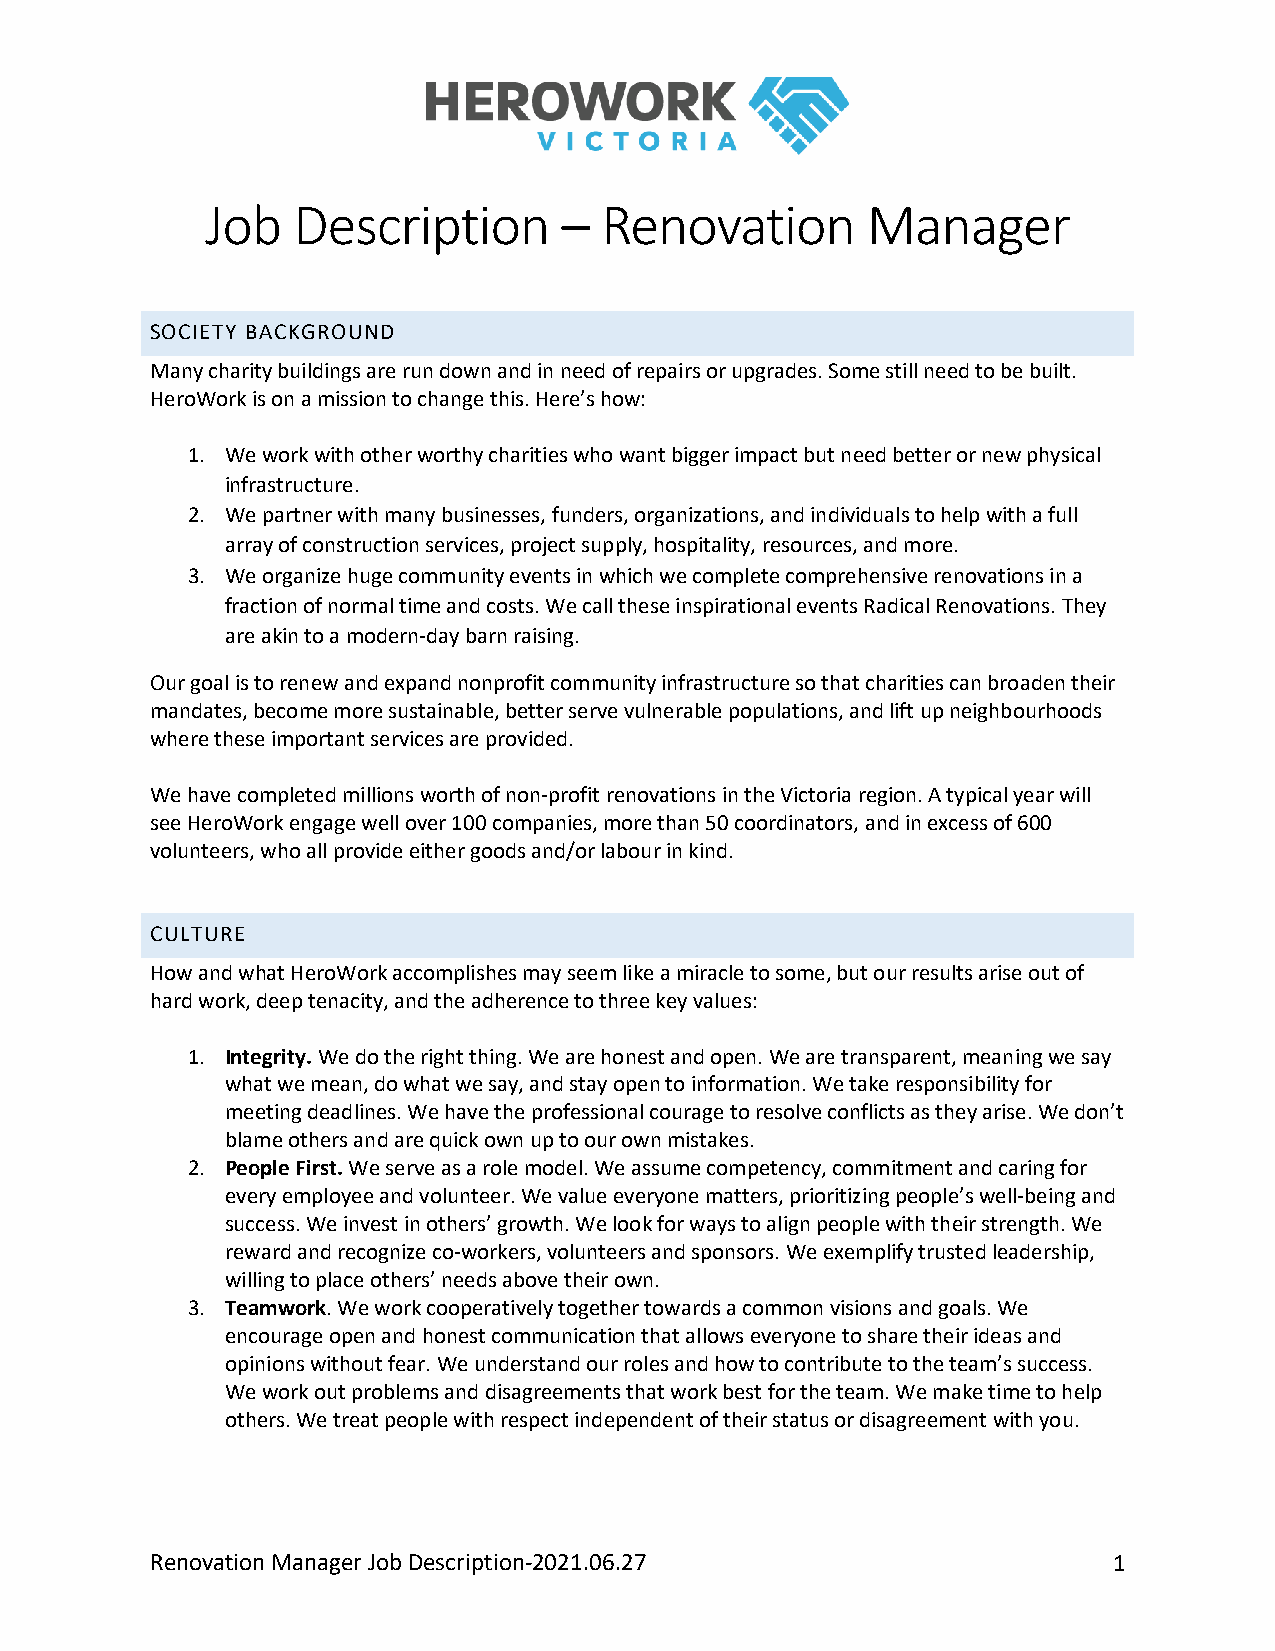
Job  Description       –  Renovation       Manager
 SOCIETY BACKGROUND
 Many charity buildings are run down and in need of repairs or upgrades. Some still need to be built.
 HeroWork is on a mission to change this. Here’s how:
 1. We work with other worthy charities who want bigger impact but need better or new physical
 infrastructure.
 2. We partner with many businesses, funders, organizations, and individuals to help with a full
 array of construction services, project supply, hospitality, resources, and more.
 3. We organize huge community events in which we complete comprehensive renovations in a
 fraction of normal time and costs. We call these inspirational events Radical Renovations. They
 are akin to a modern-day barn raising.
 Our goal is to renew and expand nonprofit community infrastructure so that charities can broaden their
 mandates, become more sustainable, better serve vulnerable populations, and lift up neighbourhoods
 where these important services are provided.
 We have completed millions worth of non-profit renovations in the Victoria region. A typical year will
 see HeroWork engage well over 100 companies, more than 50 coordinators, and in excess of 600
 volunteers, who all provide either goods and/or labour in kind.
 CULTURE
 How and what HeroWork accomplishes may seem like a miracle to some, but our results arise out of
 hard work, deep tenacity, and the adherence to three key values:
 1. Integrity. We do the right thing. We are honest and open. We are transparent, meaning we say
 what we mean, do what we say, and stay open to information. We take responsibility for
 meeting deadlines. We have the professional courage to resolve conflicts as they arise. We don’t
 blame others and are quick own up to our own mistakes.
 2. People First. We serve as a role model. We assume competency, commitment and caring for
 every employee and volunteer. We value everyone matters, prioritizing people’s well-being and
 success. We invest in others’ growth. We look for ways to align people with their strength. We
 reward and recognize co-workers, volunteers and sponsors. We exemplify trusted leadership,
 willing to place others’ needs above their own.
 3. Teamwork. We work cooperatively together towards a common visions and goals. We
 encourage open and honest communication that allows everyone to share their ideas and
 opinions without fear. We understand our roles and how to contribute to the team’s success.
 We work out problems and disagreements that work best for the team. We make time to help
 others. We treat people with respect independent of their status or disagreement with you.
 Renovation Manager Job Description-2021.06.27                   1